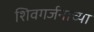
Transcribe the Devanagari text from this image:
शिवगर्जनाच्या